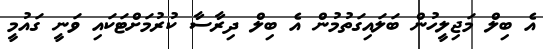
އެ ބިލް މަޖިލީހުން ބަލައިގަތުމުން އެ ބިލް ދިރާސާ ކުރުމަށްޓަކައި ވަނީ ގައުމީ